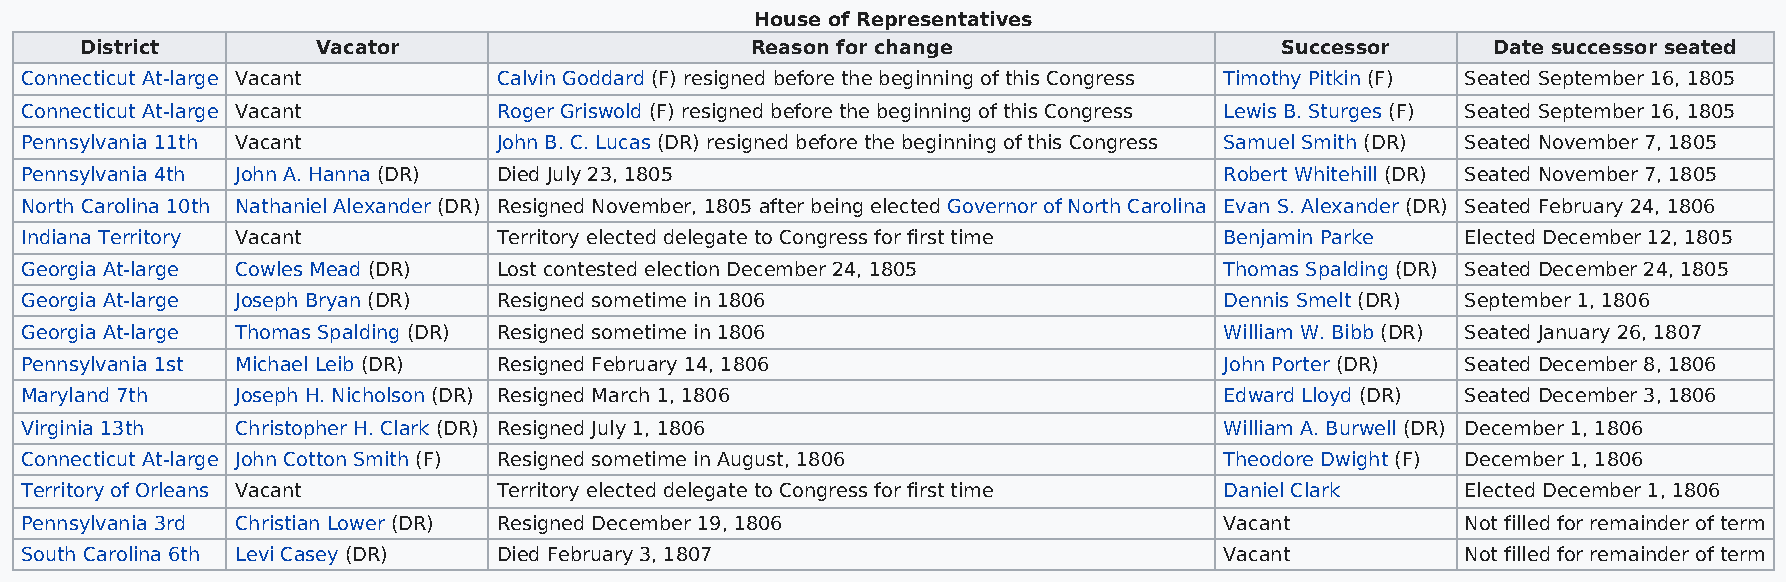
House of Representatives
 District        Vacator                      Reason for change                  Successor     Date successor seated
 Connecticut At-large Vacant     Calvin Goddard (F) resigned before the beginning of this Congress Timothy Pitkin (F) Seated September 16, 1805
 Connecticut At-large Vacant     Roger Griswold (F) resigned before the beginning of this Congress Lewis B. Sturges (F) Seated September 16, 1805
 Pennsylvania 11th Vacant        John B. C. Lucas (DR) resigned before the beginning of this Congress Samuel Smith (DR) Seated November 7, 1805
 Pennsylvania 4th John A. Hanna (DR) Died July 23, 1805                          Robert Whitehill (DR) Seated November 7, 1805
 North Carolina 10th Nathaniel Alexander (DR) Resigned November, 1805 after being elected Governor of North Carolina Evan S. Alexander (DR) Seated February 24, 1806
 Indiana Territory Vacant        Territory elected delegate to Congress for first time Benjamin Parke Elected December 12, 1805
 Georgia At-large Cowles Mead (DR) Lost contested election December 24, 1805     Thomas Spalding (DR) Seated December 24, 1805
 Georgia At-large Joseph Bryan (DR) Resigned sometime in 1806                    Dennis Smelt (DR) September 1, 1806
 Georgia At-large Thomas Spalding (DR) Resigned sometime in 1806                 William W. Bibb (DR) Seated January 26, 1807
 Pennsylvania 1st Michael Leib (DR) Resigned February 14, 1806                   John Porter (DR) Seated December 8, 1806
 Maryland 7th   Joseph H. Nicholson (DR) Resigned March 1, 1806                  Edward Lloyd (DR) Seated December 3, 1806
 Virginia 13th  Christopher H. Clark (DR) Resigned July 1, 1806                  William A. Burwell (DR) December 1, 1806
 Connecticut At-large John Cotton Smith (F) Resigned sometime in August, 1806    Theodore Dwight (F) December 1, 1806
 Territory of Orleans Vacant     Territory elected delegate to Congress for first time Daniel Clark Elected December 1, 1806
 Pennsylvania 3rd Christian Lower (DR) Resigned December 19, 1806                Vacant          Not filled for remainder of term
 South Carolina 6th Levi Casey (DR) Died February 3, 1807                        Vacant          Not filled for remainder of term